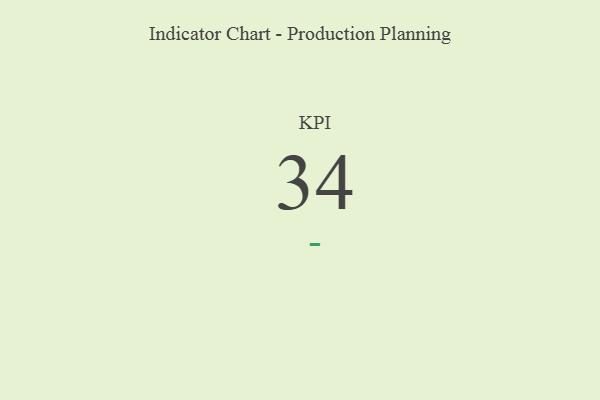
{"axis": {"x": "KPI", "y": "Value"}, "legend": [""], "data": [{"x": "KPI", "y": 34, "type": ""}]}